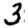
Digit: 3